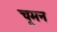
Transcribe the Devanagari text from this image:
चूमन